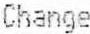
CHANGE